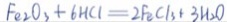
F e _ { 2 } O _ { 3 } + 6 H C l = 2 F e C l _ { 3 } + 3 H _ { 2 } O